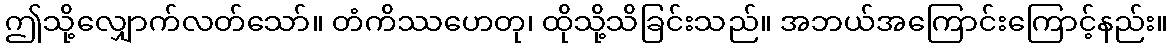
ဤသို့လျှောက်လတ်သော်။ တံကိဿဟေတု၊ ထိုသို့သိခြင်းသည်။ အဘယ်အကြောင်းကြောင့်နည်း။